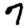
Digit: 7